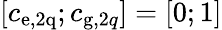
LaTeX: [c_{\mathrm{e,2q}};c_{\textrm{g},2q}]=[0;1]